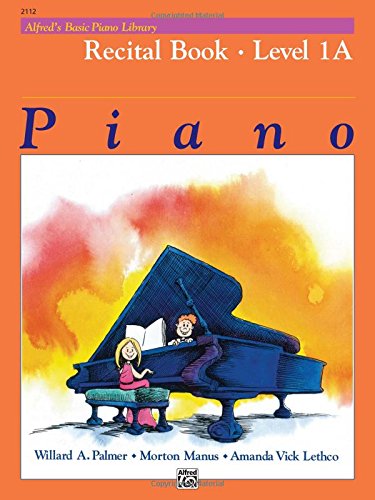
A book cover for Alfred's Basic Piano Library: Recital Book, Level 1A; Willard Palmer; Humor & Entertainment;